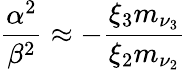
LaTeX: \frac{\alpha^{2}}{\beta^{2}}\approx-\frac{\xi_{3}m_{\nu_{3}}}{\xi_{2}m_{\nu_{2}}}